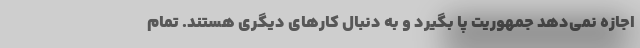
اجازه نمی‌دهد جمهوریت پا بگیرد و به دنبال کارهای دیگری هستند. تمام